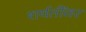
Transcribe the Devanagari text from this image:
शर्यतींवर